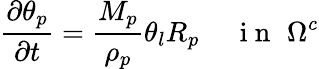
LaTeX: \frac{\partial\theta_{p}}{\partial t}=\frac{M_{p}}{\rho_{p}}\theta_{l}R_{p}\, \, \, \, \, \, \, \mathrm{~i~n~}\, \, \Omega^{c}